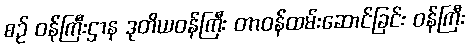
စဉ် ဝန်ကြီးဌာန ဒုတိယဝန်ကြီး တာဝန်ထမ်းဆောင်ခြင်း ဝန်ကြီး